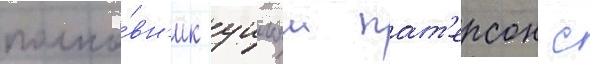
полко́вн'ик уильям пат'ерсон с